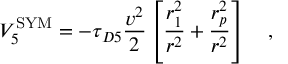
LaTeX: V _ { 5 } ^ { \mathrm { \footnotesize { S Y M } } } = - \tau _ { D 5 } { \frac { v ^ { 2 } } { 2 } } \left[ { \frac { r _ { 1 } ^ { 2 } } { r ^ { 2 } } } + { \frac { r _ { p } ^ { 2 } } { r ^ { 2 } } } \right] \quad ,